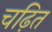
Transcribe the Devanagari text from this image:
चढ़ित